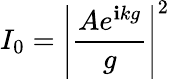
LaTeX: I_{0}=\left|{\frac{Ae^{\mathbf{i}kg}}{g}}\right|^{2}